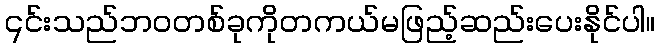
၎င်းသည်ဘဝတစ်ခုကိုတကယ်မဖြည့်ဆည်းပေးနိုင်ပါ။